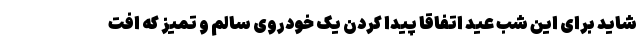
شاید برای این شب عید اتفاقا پیدا کردن یک خودروی سالم و تمیز که افت